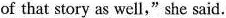
of that story as well,"she said.